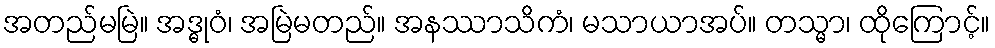
အတည်မမြဲ။ အဒ္ဓုဝံ၊ အမြဲမတည်။ အနဿာသိကံ၊ မသာယာအပ်။ တသ္မာ၊ ထိုကြောင့်။